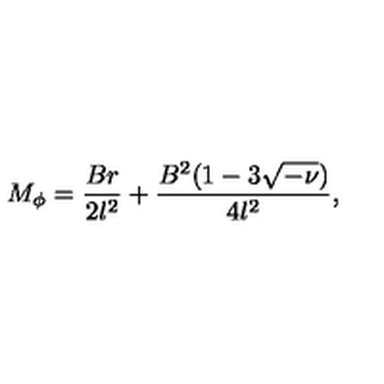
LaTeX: M _ { \phi } = \frac { B r } { 2 l ^ { 2 } } + \frac { B ^ { 2 } ( 1 - 3 \sqrt { - \nu } ) } { 4 l ^ { 2 } } ,